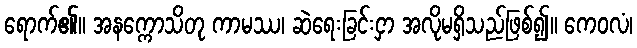
ရောက်၏။ အနက္ကောသိတု ကာမဿ၊ ဆဲရေးခြင်းငှာ အလိုမရှိသည်ဖြစ်၍။ ကေဝလံ၊